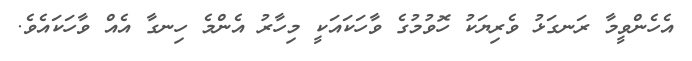
އެހެންވީމާ ރަނގަޅު ވެރިޔަކު ހޮވުމުގެ ވާހަކައަކީ މިހާރު އެންމެ ހިނގާ އެއް ވާހަކައެވެ.